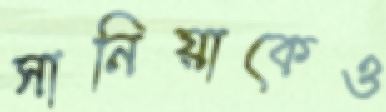
সানিয়াকেও